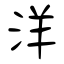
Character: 洋